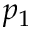
p _ { 1 }